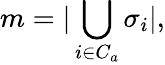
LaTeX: m=|\bigcup_{i\in C_{a}}\sigma_{i}|,